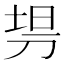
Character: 𰄳